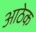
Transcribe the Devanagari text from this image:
आठेक